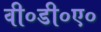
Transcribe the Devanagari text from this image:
वी०डी०ए०